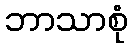
ဘာသာစုံ